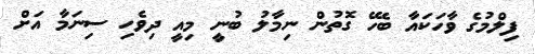
ފިލްމުގެ ވާހަކައާ ބެހޭ ގޮތުން ނިމާލު ބުނީ މިއީ ދިވެހި ސިނަމާ އަށް